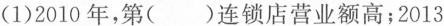
(1)2010年，第（）连锁店营业额高；2013